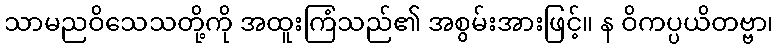
သာမညဝိသေသတို့ကို အထူးကြံသည်၏ အစွမ်းအားဖြင့်။ န ဝိကပ္ပယိတဗ္ဗာ၊